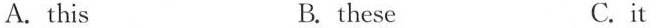
A.this B. these C.it